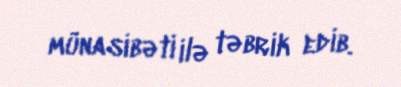
münasibəti ilə təbrik edib.